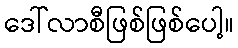
ဒေါ်လာစီဖြစ်ဖြစ်ပေါ့။